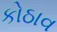
કોઠાવ